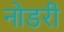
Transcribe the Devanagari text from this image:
नोडरी